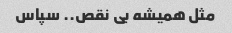
مثل همیشه بی نقص.. سپاس